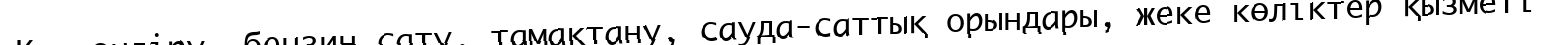
Құм өндіру, бензин сату, тамақтану, сауда-саттық орындары, жеке көліктер қызметі